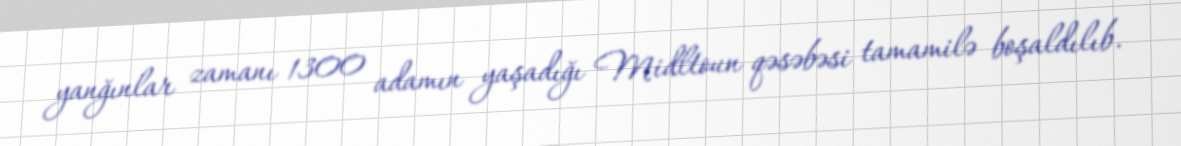
yanğınlar zamanı 1300 adamın yaşadığı Midltoun qəsəbəsi tamamilə boşaldılıb.